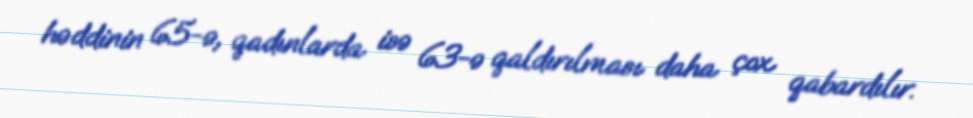
həddinin 65-ə, qadınlarda isə 63-ə qaldırılması daha çox qabardılır.